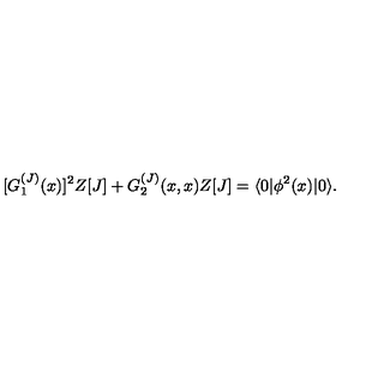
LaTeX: [ G _ { 1 } ^ { ( J ) } ( x ) ] ^ { 2 } Z [ J ] + G _ { 2 } ^ { ( J ) } ( x , x ) Z [ J ] = \langle 0 | \phi ^ { 2 } ( x ) | 0 \rangle .